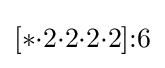
[*{\cdot }2{\cdot }2{\cdot }2{\cdot }2]{:}6